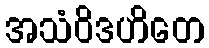
အသံဝိဒဟိတေ